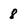
Character: 8